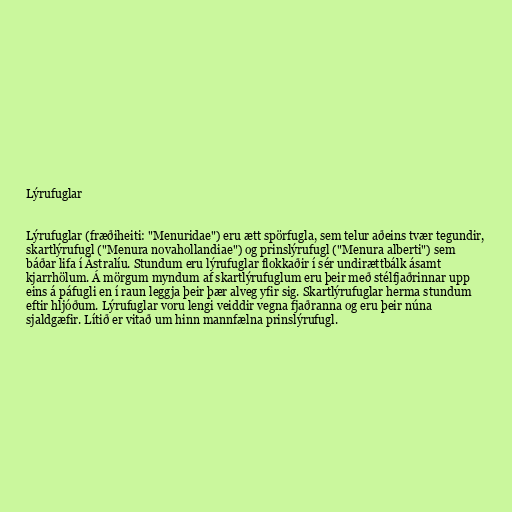
Lýrufuglar

Lýrufuglar (fræðiheiti: "Menuridae") eru ætt spörfugla, sem telur aðeins tvær tegundir,
skartlýrufugl ("Menura novahollandiae") og prinslýrufugl ("Menura alberti") sem
báðar lifa í Ástralíu. Stundum eru lýrufuglar flokkaðir í sér undirættbálk ásamt
kjarrhölum. Á mörgum myndum af skartlýrufuglum eru þeir með stélfjaðrinnar upp
eins á páfugli en í raun leggja þeir þær alveg yfir sig. Skartlýrufuglar herma stundum
eftir hljóðum. Lýrufuglar voru lengi veiddir vegna fjaðranna og eru þeir núna
sjaldgæfir. Lítið er vitað um hinn mannfælna prinslýrufugl.